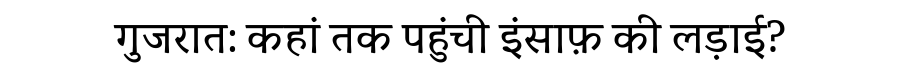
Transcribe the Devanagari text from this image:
गुजरात: कहां तक पहुंची इंसाफ़ की लड़ाई?